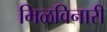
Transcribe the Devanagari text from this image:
मिळविनारी